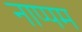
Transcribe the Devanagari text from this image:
नाप्पम